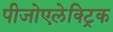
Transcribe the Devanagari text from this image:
पीजोएलेक्ट्रिक